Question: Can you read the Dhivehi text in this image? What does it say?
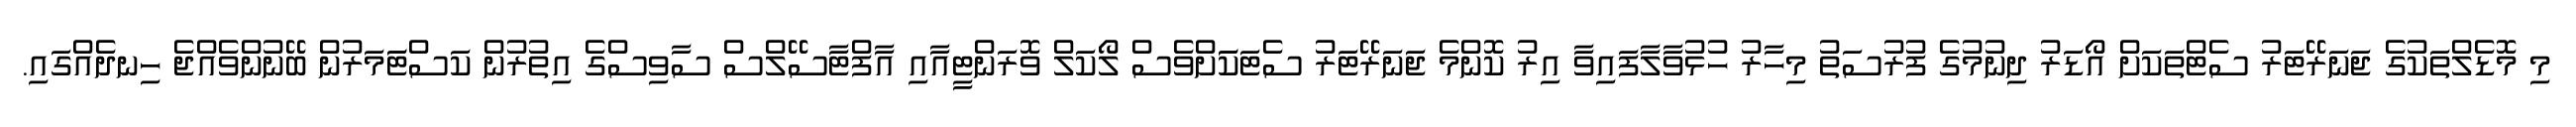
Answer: މި މޮޑެލްތަކުގެ ޖަނަރޭޓަރު ސެޓްތަކަށް އޯޑަރު ދިނުމުގެ ފުރުސަތު މިހާރު ހުޅުވާލާފައިވާ އިރު ކޮންމެ ޖަނަރޭޓަރު ސެޓަކަަށްވެސް ލޯކަލް ވޮރަންޓީއާއި އާފްޓާސޭލްސް ސާވިސްގެ އިތުރުން ކަސްޓަަމަރުން ބޭނުންވެއްޖެ ހިނދެއްގައި.